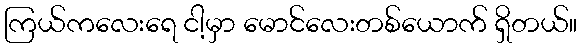
ကြယ်ကလေးရေ ငါ့မှာ မောင်လေးတစ်ယောက် ရှိတယ်။